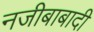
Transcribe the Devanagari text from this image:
नजीबाबादी